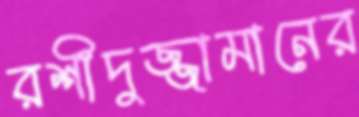
রশীদুজ্জামানের